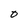
Character: O